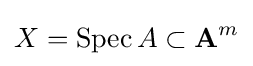
X=\operatorname {Spec} A\subset \mathbf {A} ^{m}